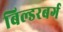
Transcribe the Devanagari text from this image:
बिल्डरबर्ग